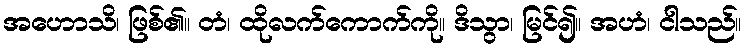
အဟောသိ၊ ဖြစ်၏။ တံ၊ ထိုလက်ကောက်ကို။ ဒိသွာ၊ မြင်၍။ အဟံ၊ ငါသည်။